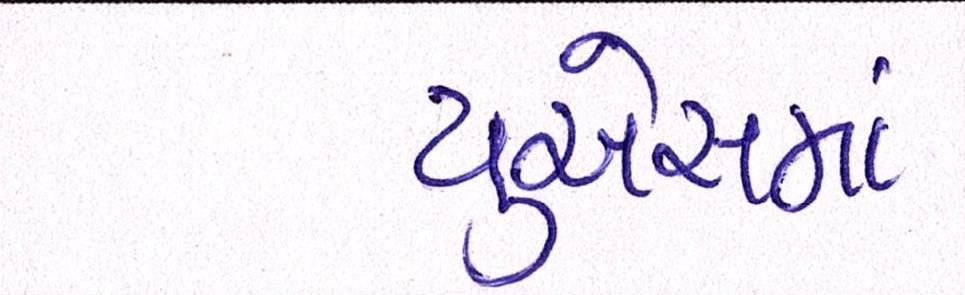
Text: યુએસમાં